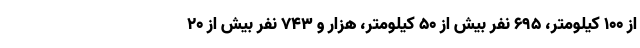
از ۱۰۰ کیلومتر، ۶۹۵ نفر بیش از ۵۰ کیلومتر، هزار و ۷۴۳ نفر بیش از ۲۰